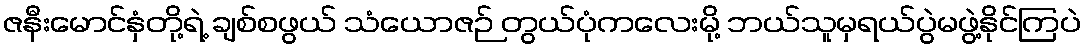
ဇနီးမောင်နှံတို့ရဲ့ ချစ်စဖွယ် သံယောဇဉ် တွယ်ပုံကလေးမို့ ဘယ်သူမှရယ်ပွဲမဖွဲ့နိုင်ကြပဲ